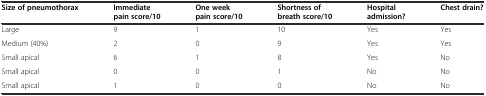
<table><thead><tr><td><b>Size of pneumothorax</b></td><td><b>Immediate pain score/10</b></td><td><b>One week pain score/10</b></td><td><b>Shortness of breath score/10</b></td><td><b>Hospital admission?</b></td><td><b>Chest drain?</b></td></tr></thead><tbody><tr><td>Large</td><td>9</td><td>1</td><td>10</td><td>Yes</td><td>Yes</td></tr><tr><td>Medium (40%)</td><td>2</td><td>0</td><td>9</td><td>Yes</td><td>Yes</td></tr><tr><td>Small apical</td><td>6</td><td>1</td><td>8</td><td>Yes</td><td>No</td></tr><tr><td>Small apical</td><td>0</td><td>0</td><td>1</td><td>No</td><td>No</td></tr><tr><td>Small apical</td><td>1</td><td>0</td><td>0</td><td>No</td><td>No</td></tr></tbody></table>